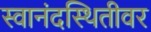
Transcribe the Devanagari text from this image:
स्वानंदस्थितीवर